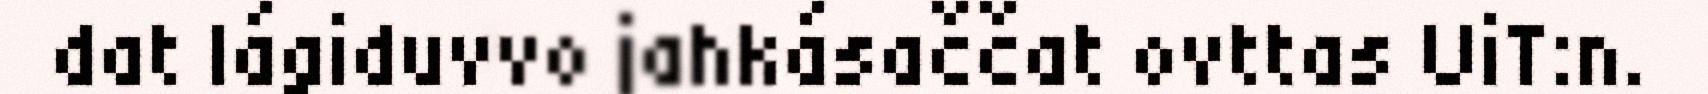
dat lágiduvvo jahkásaččat ovttas UiT:n.